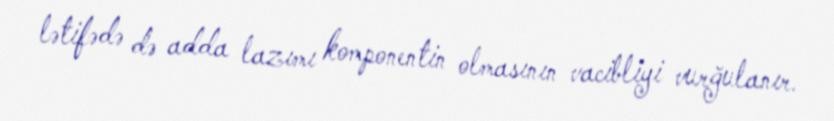
lətifədə də adda lazımı komponentin olmasının vacibliyi vurğulanır.